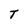
Character: T